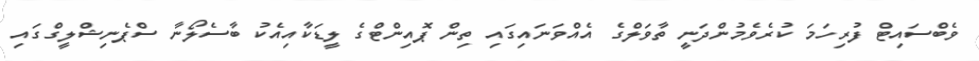
ވެބްސައިޓް ފުރިހަމަ ކުރެވެމުންދަނީ ތާވަލްގެ އެއްވަނައިގައި ތިން ޕޮއިންޓްގެ ލީޑަކާއިއެކު ބާސެލޯނާ ސްޕެނިޝްލީގްގައި